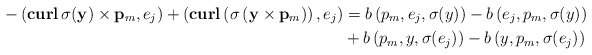
\begin{align*}-\left( \mathbf{curl}\,\sigma(\mathbf y)\times \mathbf p_m,e_j\right)+\left(\mathbf{curl}\left(\sigma\left(\mathbf y\times \mathbf p_m\right)\right),e_j\right)&=b\left( p_m,e_j, \sigma(y) \right)-b\left(e_j,p_m, \sigma(y) \right)\\&+b\left(p_m, y, \sigma(e_j) \right)-b\left( y,p_m, \sigma(e_j) \right)\end{align*}